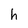
Character: h